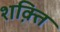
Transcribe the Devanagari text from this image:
शक़्ति